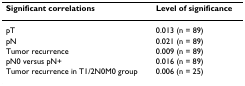
<table><thead><tr><td><b>Significant correlations</b></td><td><b>Level of significance</b></td></tr></thead><tbody><tr><td>pT</td><td>0.013 (n = 89)</td></tr><tr><td>pN</td><td>0.021 (n = 89)</td></tr><tr><td>Tumor recurrence</td><td>0.009 (n = 89)</td></tr><tr><td>pN0 versus pN+</td><td>0.016 (n = 89)</td></tr><tr><td>Tumor recurrence in T1/2N0M0 group</td><td>0.006 (n = 25)</td></tr></tbody></table>